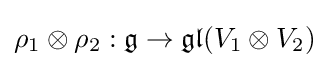
\rho _{1}\otimes \rho _{2}:{\mathfrak {g}}\rightarrow {\mathfrak {gl}}(V_{1}\otimes V_{2})